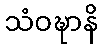
သံဝဍ္ဎာနိ